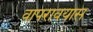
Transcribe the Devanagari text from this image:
वापरावयास